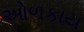
ઓળકાય